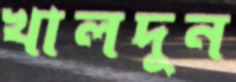
খালদুন